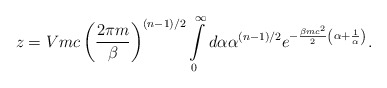
\begin{align*}z=Vmc\left (\frac {2\pi m}{\beta}\right )^{(n-1)/2}\int \limits_0^{\infty} d\alpha \alpha ^{(n-1)/2}e^{-\frac {\beta mc^2}{2}\left (\alpha +\frac {1}{\alpha }\right )}.\end{align*}